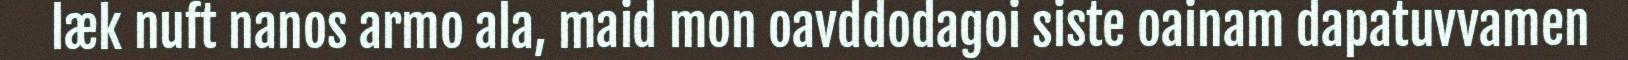
læk nuft nanos armo ala, maid mon oavddodagoi siste oainam dapatuvvamen